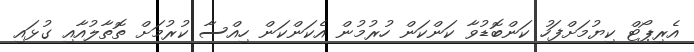
އެރިޕޯޓް ކިޔުމަށްފަހު ކަންބޮޑުވާ ކަންކަން ހުރުމުން އެކަންކަން ހިއްސާ ކުރުމަށް ތޮތާލުއާއި ގުޅައި